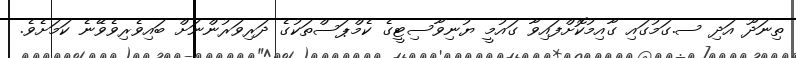
ތިނަދޫ އަދި ސ.ގަމުގައި ގާއިމުކޮށްފައިވާ ގައުމީ ޔުނިވާސިޓީގެ ކެމްޕަސްތަކުގެ ދަރިވަރުންނަށް ބައިވެރިވެވޭނެ ކަމަށެވެ.